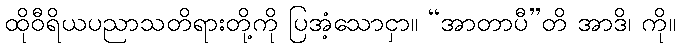
ထိုဝီရိယပညာသတိရားတို့ကို ပြအံ့သောငှာ။ “အာတာပီ”တိ အာဒိ၊ ကို။